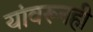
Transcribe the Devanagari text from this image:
यांवरूनही